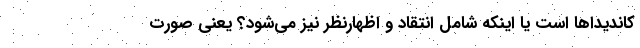
کاندیدا‌ها است یا اینکه شامل انتقاد و اظهارنظر نیز می‌شود؟ یعنی صورت